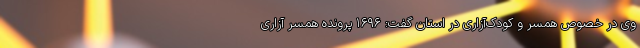
وی در خصوص همسر و کودک‌آزاری در استان گفت: ۱۶۹۶ پرونده همسر آزاری